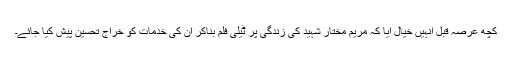
کچھ عرصہ قبل انہیں خیال آیا کہ مریم مختار شہید کی زندگی پر ٹیلی فلم بناکر ان کی خدمات کو خراج تحسین پیش کیا جائے۔